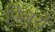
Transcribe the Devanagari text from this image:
पिल्लरों